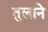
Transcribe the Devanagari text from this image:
तुलाने